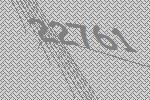
22761